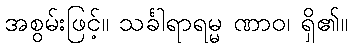
အစွမ်းဖြင့်။ သင်္ခါရာရမ္မ ဏာဝ၊ ရှိ၏။